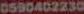
0590402230